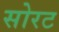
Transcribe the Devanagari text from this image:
सोरट